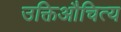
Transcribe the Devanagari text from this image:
उक्तिऔचित्य